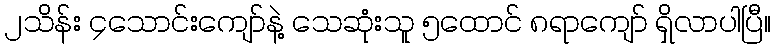
၂သိန်း ၄သောင်းကျော်နဲ့ သေဆုံးသူ ၅ထောင် ၈ရာကျော် ရှိလာပါပြီ။